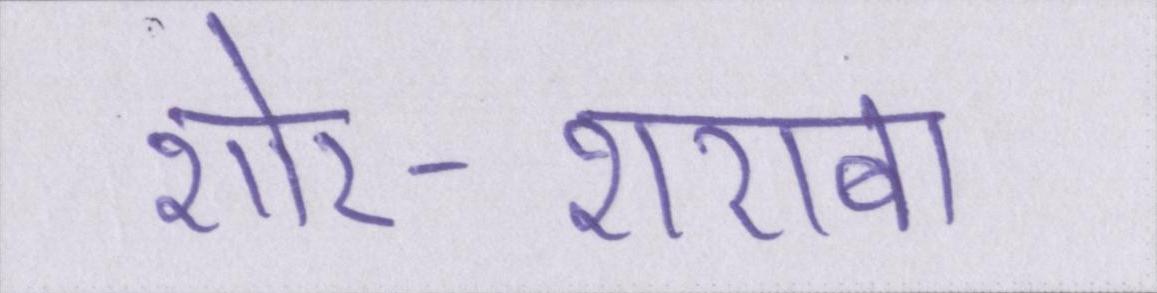
शोर-शराबा